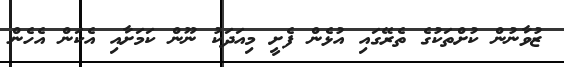
ޒުވާނުން ކުށްތަކުގެ ތެރޭގައި އުޅެން ފެށީ މިއަދަކު ނޫން ކަމަށާއި އެކަން އެހެން